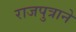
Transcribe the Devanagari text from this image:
राजपुत्राने